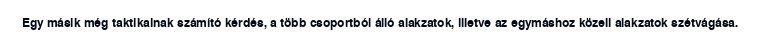
Egy másik még taktikainak számító kérdés, a több csoportból álló alakzatok, illetve az egymáshoz közeli alakzatok szétvágása.